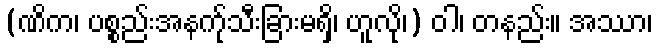
(ဏိက၊ ပစ္စည်းအနက်ုသီးခြားမရှိ၊ ဟူလို၊) ဝါ၊ တနည်း။ အဿာ၊